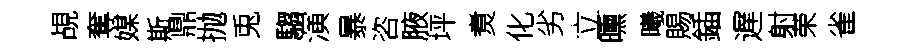
覘奪媒斯鼎抛兎騶演暴咨腋坪煑化劣立曛曦賜鍤遅射荣雀